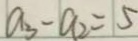
a _ { 3 } - a _ { 2 } = 5